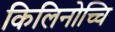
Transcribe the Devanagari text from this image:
किलिनोच्चि